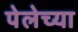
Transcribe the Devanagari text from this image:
पेलेच्या